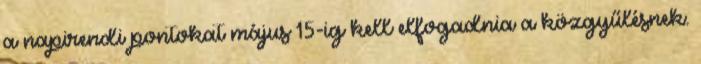
a napirendi pontokat május 15-ig kell elfogadnia a közgyűlésnek.